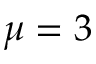
\mu = 3